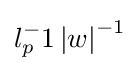
l_{p}^{-}1\left\vert w\right\vert ^{-1}